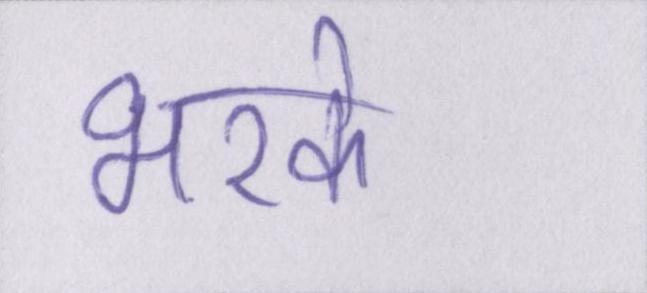
भरके